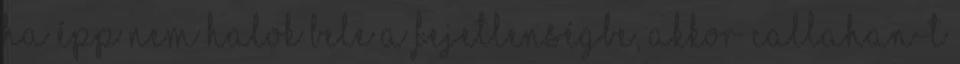
ha épp nem halok bele a fejetlenségbe, akkor Callahan-t